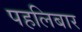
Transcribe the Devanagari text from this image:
पहलिबार